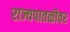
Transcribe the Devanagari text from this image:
राज्यपातळीवर